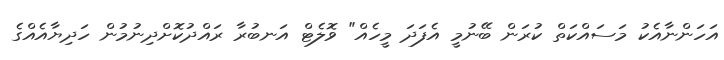
އަހަންނާއެކު މަސައްކަތް ކުރަން ބޭނުމީ އެފަދަ މީހެއް" ވޮލެޓް އަނބުރާ ރައްދުކޮށްދިނުމުން ހަދިޔާއެއްގެ